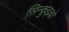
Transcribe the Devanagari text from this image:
सिन्क़ुइल्लो